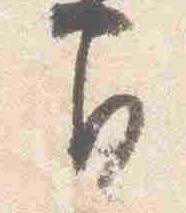
間